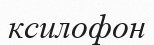
ксилофон